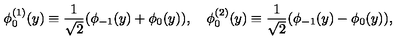
\phi _ { 0 } ^ { ( 1 ) } ( y ) \equiv \frac { 1 } { \sqrt { 2 } } ( \phi _ { - 1 } ( y ) + \phi _ { 0 } ( y ) ) , \quad \phi _ { 0 } ^ { ( 2 ) } ( y ) \equiv \frac { 1 } { \sqrt { 2 } } ( \phi _ { - 1 } ( y ) - \phi _ { 0 } ( y ) ) ,